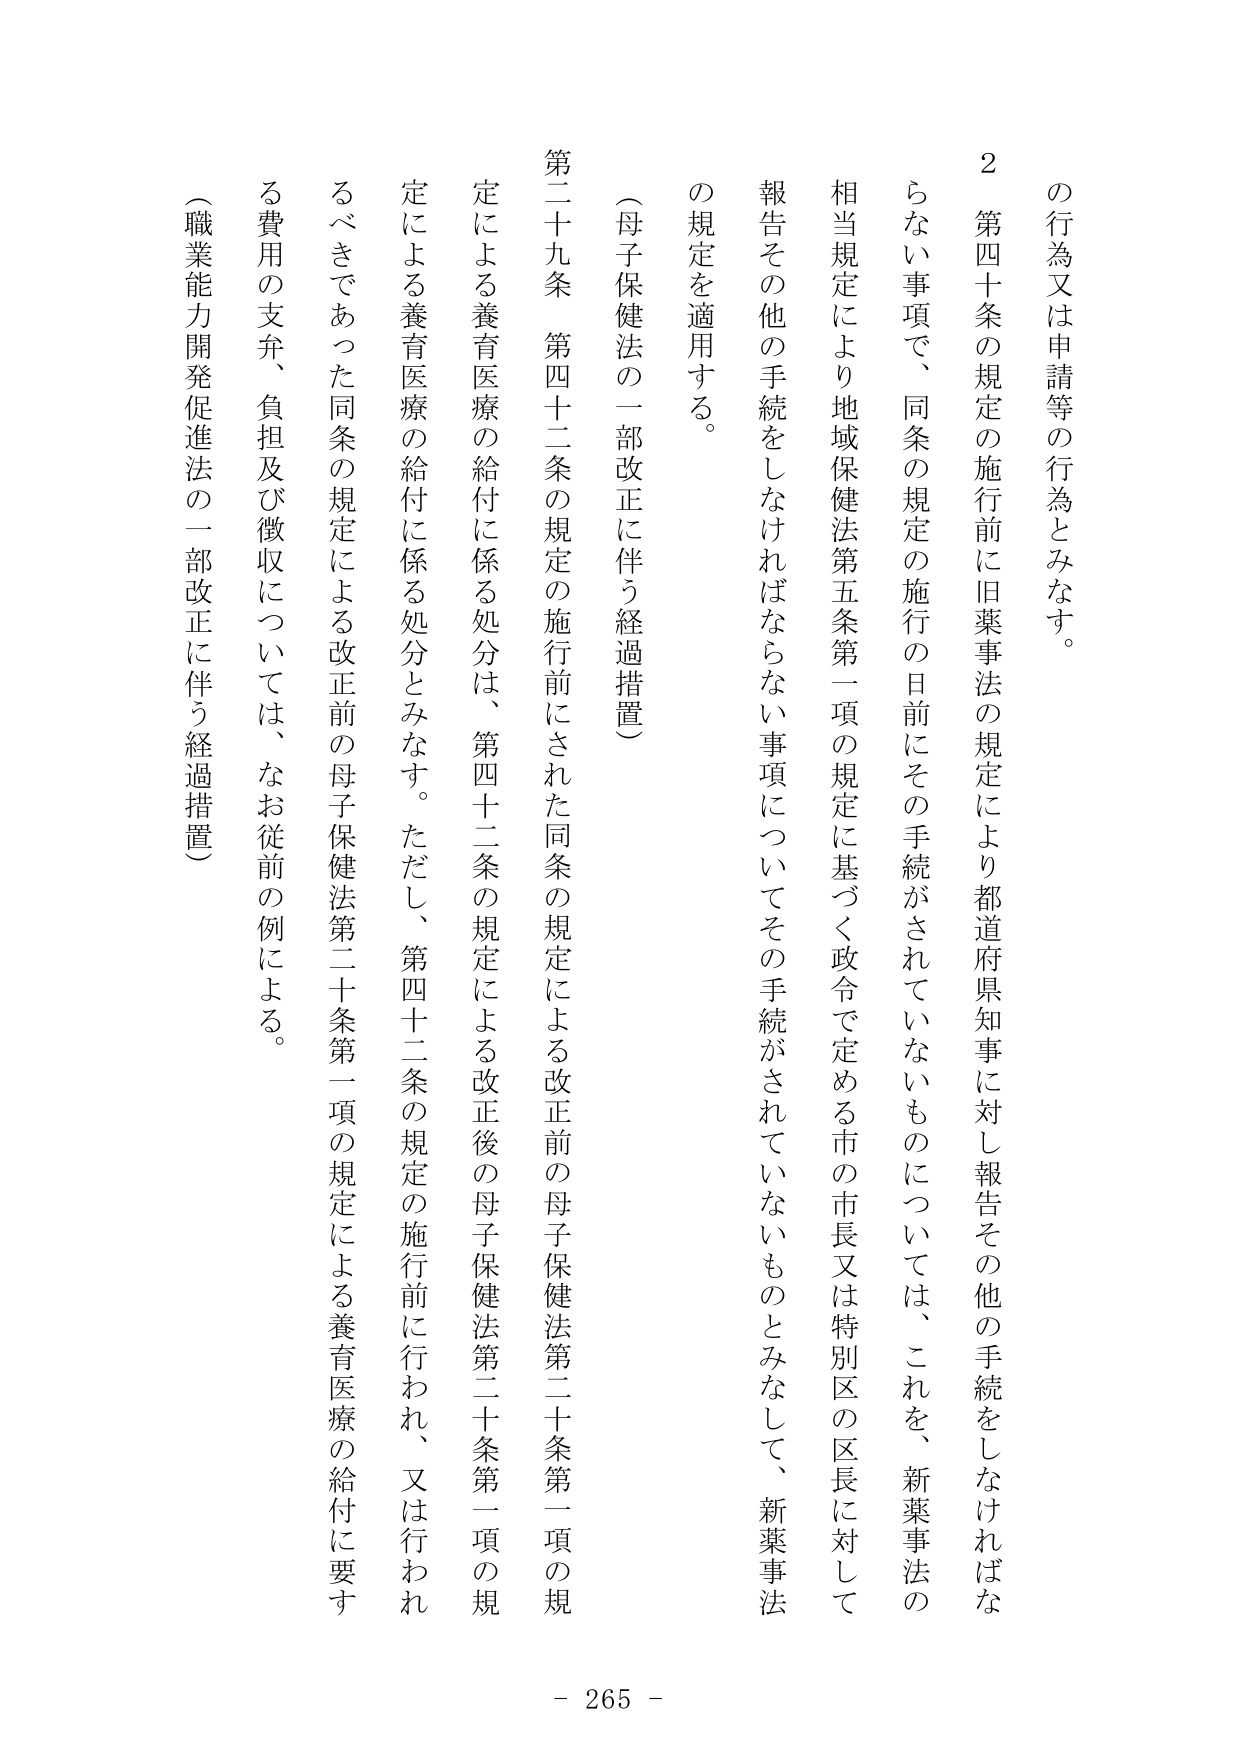
の行為又は申請等の行為とみなす。

２ 第四十条の規定の施行前に旧薬事法の規定により都道府県知事に対し報告その他の手続をしなければならない事項で、同条の規定の施行の日前にその手続がされていないものについては、これを、新薬事法の相当規定により地域保健法第五条第一項の規定に基づく政令で定める市の市長又は特別区の区長に対して報告その他の手続をしなければならない事項についてその手続がされていないものとみなして、新薬事法の規定を適用する。

（母子保健法の一部改正に伴う経過措置）

第二十九条 第四十二条の規定の施行前にされた同条の規定による改正前の母子保健法第二十条第一項の規定による養育医療の給付に係る処分は、第四十二条の規定による改正後の母子保健法第二十条第一項の規定による養育医療の給付に係る処分とみなす。ただし、第四十二条の規定の施行前に行われ、又は行われるべきであった同条の規定による改正前の母子保健法第二十条第一項の規定による養育医療の給付に要する費用の支弁、負担及び徴収については、なお従前の例による。

（職業能力開発促進法の一部改正に伴う経過措置）

- 265 -